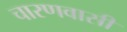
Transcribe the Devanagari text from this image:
चारणवासी